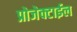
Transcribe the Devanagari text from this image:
प्रोजेक्टाईल